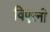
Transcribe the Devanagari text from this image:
विएरनी